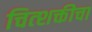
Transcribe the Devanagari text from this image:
चित्शक्तीचा